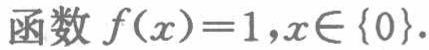
函数 \(f(x)=1,x\in \{0\}\)